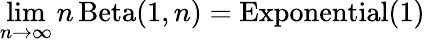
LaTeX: \operatorname*{lim}_{n\to\infty}n\operatorname{Beta}(1,n)=\operatorname{Exponential}(1)